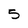
Character: 5